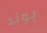
بوند